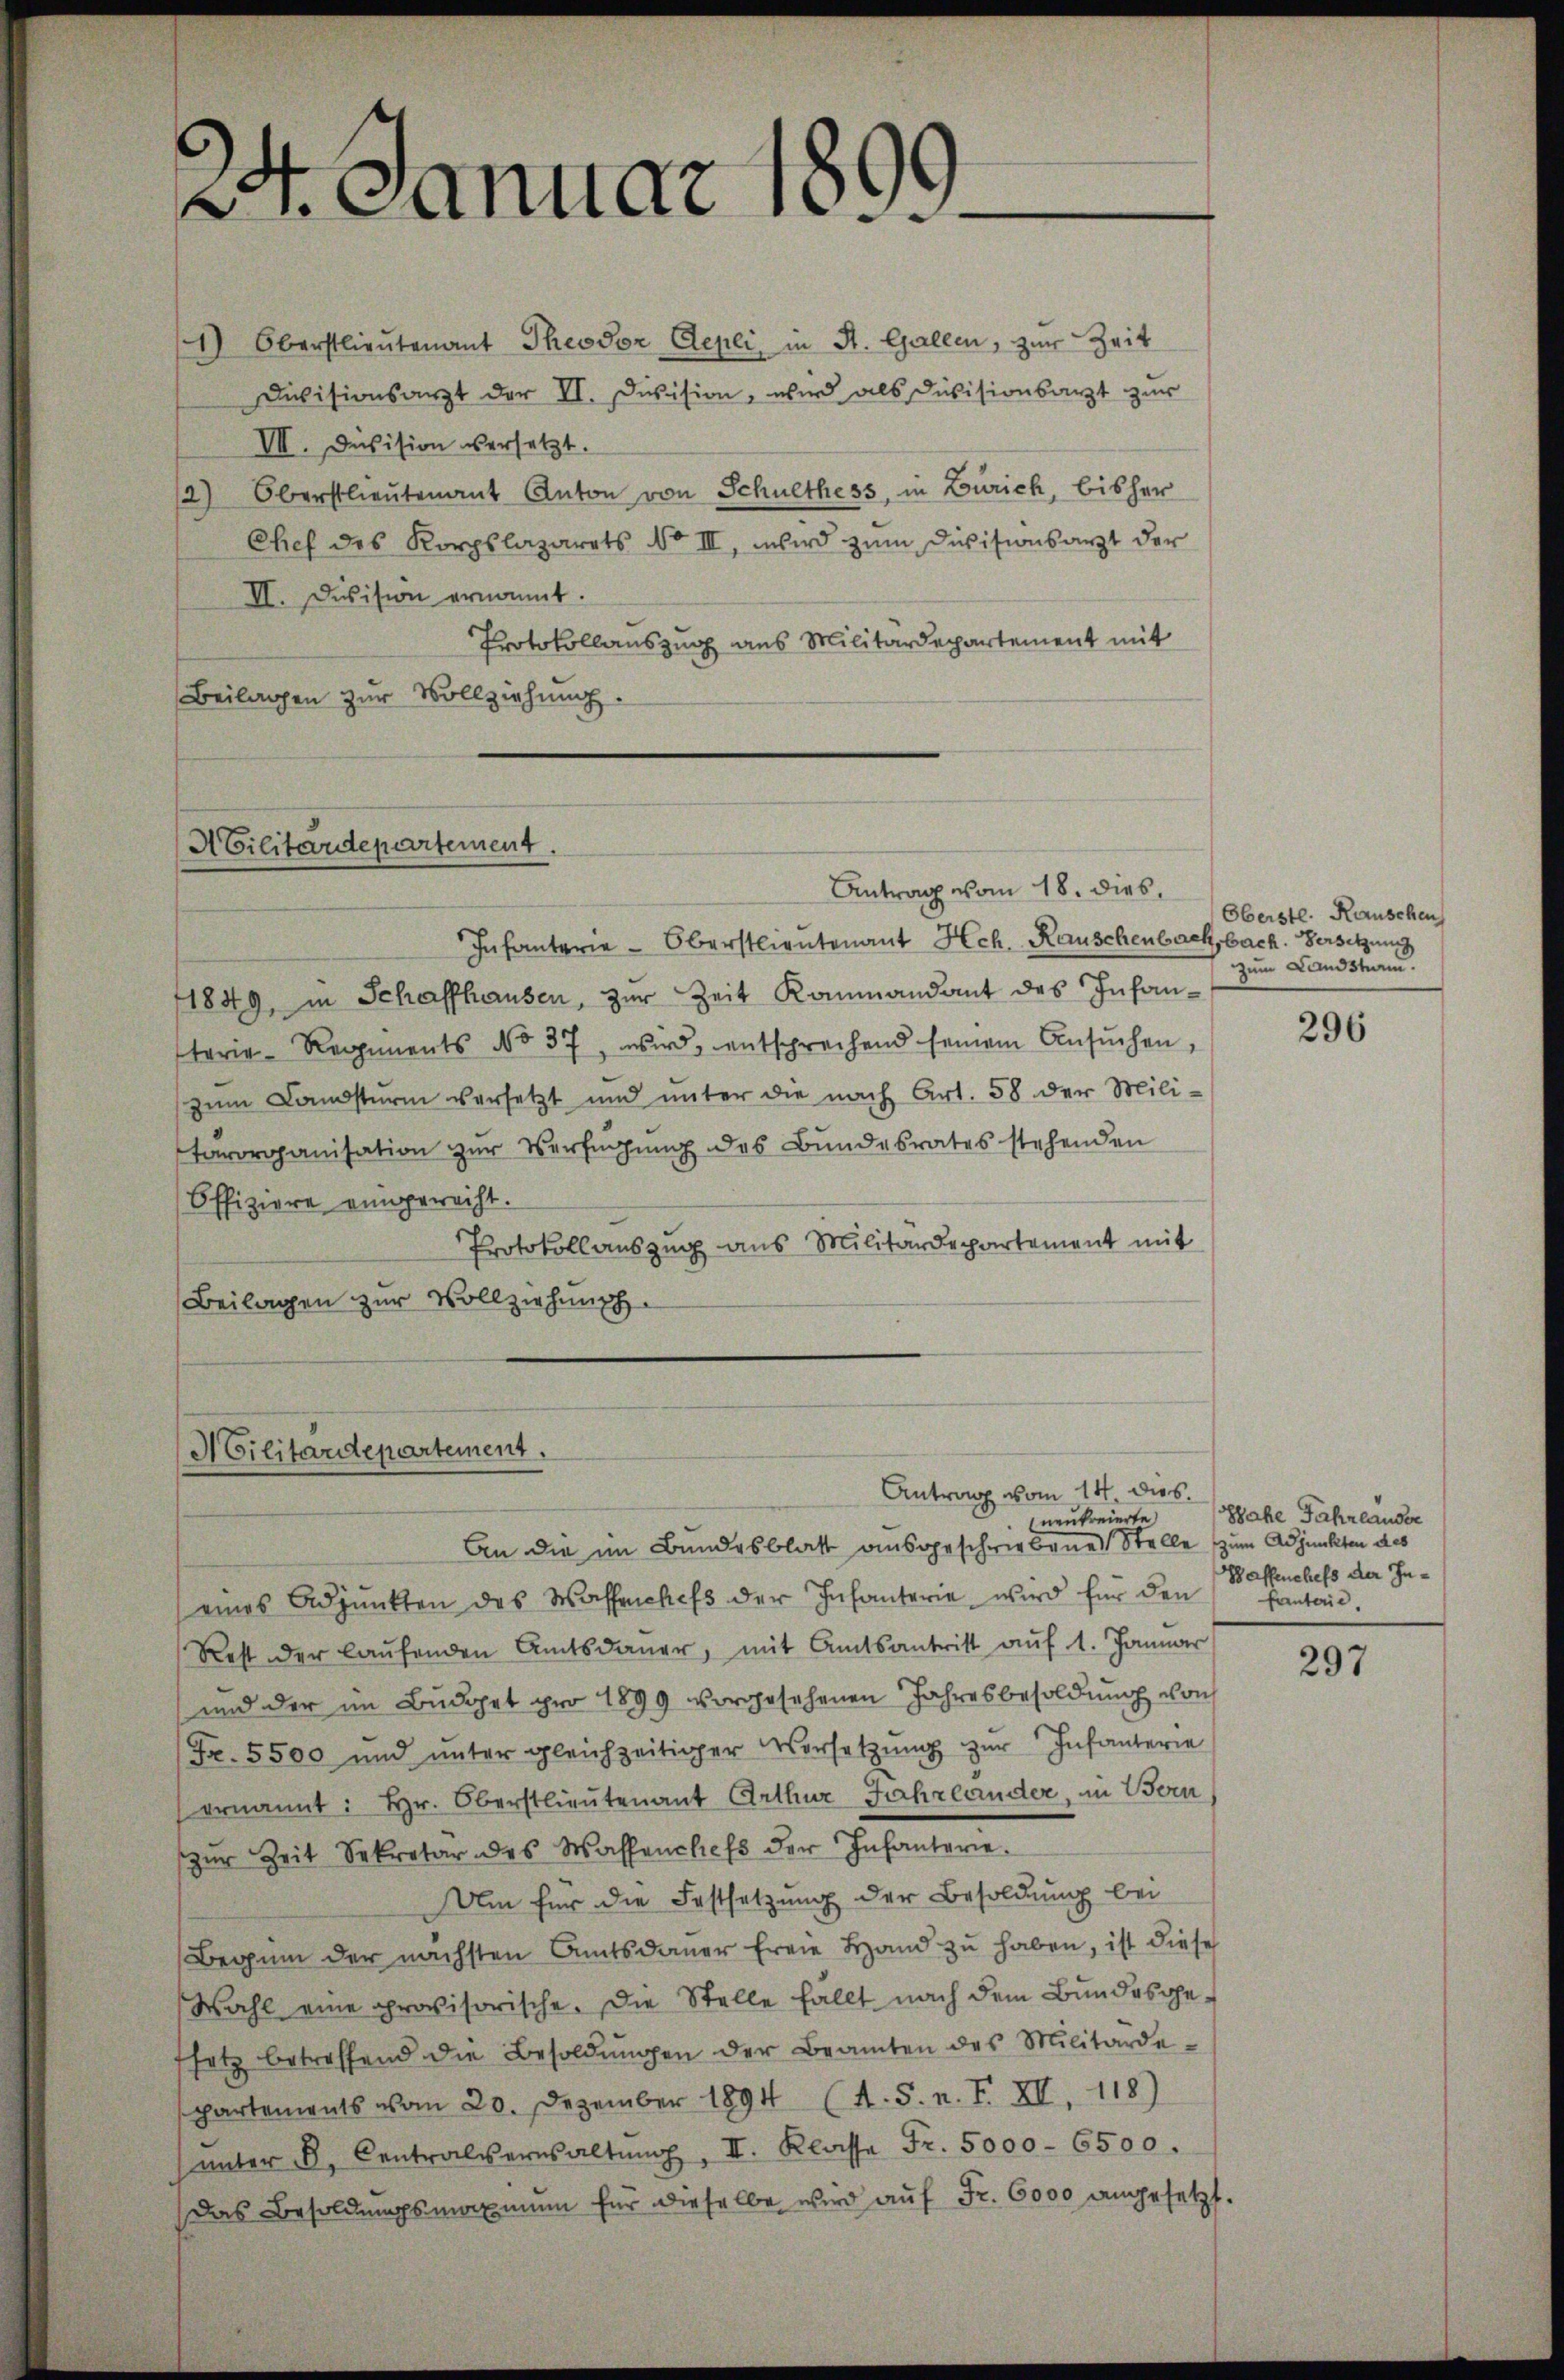
2. Januar 1890.

1) Oberstlieutenant Theodor Repli, in St. Gallen, zur Zeit
Divisionsarzt der II. Division, wird als Divisionsarzt zur
VII. Devision versetzt.
/2) Oberstlieutenant Anton von Schulthess, in Zürich, bisher
Chef des Korpslazarets No III, wird zum Divisionsarzt der
II. Division ernannt.
Protokollauszug aus Militärdepartement mit
Beilagen zur Vollziehung.

Abilitärdepartement.

Militärdepartement.

Antrag vom 18. dies

Infanterie-Oberstlieutenant Hch. Rauschenbachbach. Versitzung
1849, in Schaffhausen, zur Zeit Kommandant des Infanterie-Regiments No 37, wird, entschrechend seinem Ansŭchen,
zum Candsturm versetzt und unter die nach Art. 58 der Mili-
tärorganisation zur Verfügung des Bundesrates stehenden
Offiziere eingerecht.
Protokollauszug aus Militärdepartement mit
Beilagen zur Vollziehung

An die im Bundesblatt ausgeschriebenes Stelle zum Adjunkten des
eines Adjunkten des Wassenschefs der Infanterie wird für den
Rest oder laufenden Amtsdauer, mit Amtsantritt auf 1. Januar
und der im Budget pro 1899 vorgesehenen Jahresbesoldung von
Fr. 5500 und ŭnter gleichzeitiger Vorsetzŭng zŭr Infanterie
ernannt: Hr. Oberstlieutenant Arthur Jahrelander, in Bern,
zŭr Zeit Sekretär des Wassenchefs der Infanterie.
Um für die Festsetzung der Besoldung bei
Beginn der nächsten Amtsdauer freie Hand zŭ haben, ist diese
Wahl eine provisorische. Die Stelle fällt nach dem Bundesgesetz betreffend die Besoldŭngen der Beamten des Militärde-
partements vom 20. Dezember 1894 (A. S. n. F. XI. 118)
ŭnter B. Contralversaltŭng, II. Klasse Fr. 5000 - 6500.
Das Besoldungsmaximum für dieselbe wird auf Fr. 6000 angesetzt.

Antrag vom 14. dies.
neukreierte.

Oberste. Rauschen
zum Landsham.

296

Shahe Fahrlauder
Waffenchefs der Infanterie

297